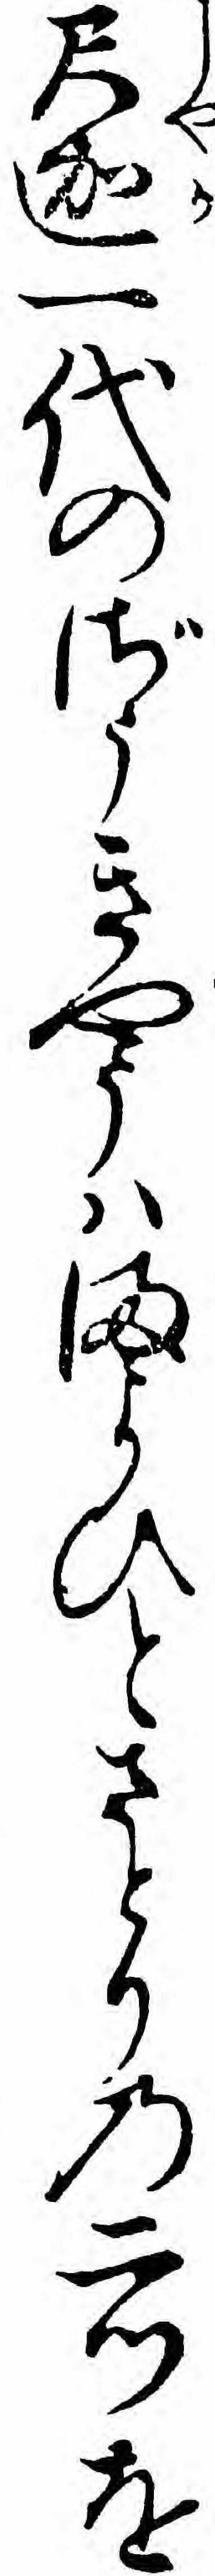
尺迦一代のざうきやうハまよひとさとりの二つを